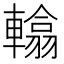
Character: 𨎰